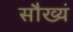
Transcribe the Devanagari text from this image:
सौख्यं